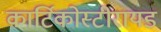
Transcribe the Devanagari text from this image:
कार्टिकोस्टीरायड